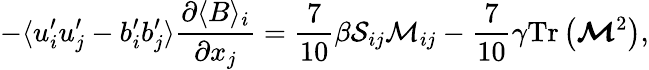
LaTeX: -\langle u_{i}^{\prime}u_{j}^{\prime}-b_{i}^{\prime}b_{j}^{\prime}\rangle\frac{\partial\langle B\rangle_{i}}{\partial x_{j}}=\frac{7}{10}\beta\mathcal{S}_{ij}\mathcal{M}_{ij}-\frac{7}{10}\gamma\mathrm{Tr}\left(\boldsymbol{\mathcal{M}}^{2}\right),